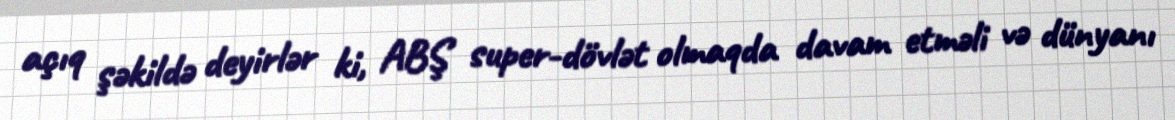
açıq şəkildə deyirlər ki, ABŞ super-dövlət olmaqda davam etməli və dünyanı